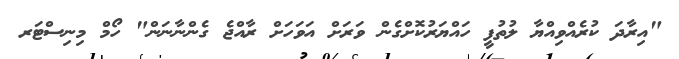
"އިރާދަ ކުރެއްވިއްޔާ ލުތުފީ ހައްޔަރުކޮށްގެން ވަރަށް އަވަހަށް ރާއްޖެ ގެންނާނަން" ހޯމް މިނިސްޓަރ